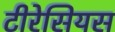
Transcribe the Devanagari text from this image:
टीरेसियस